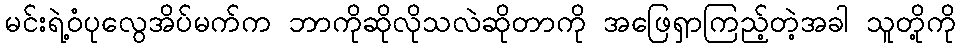
မင်းရဲ့ဝံပုလွေအိပ်မက်က ဘာကိုဆိုလိုသလဲဆိုတာကို အဖြေရှာကြည့်တဲ့အခါ သူတို့ကို